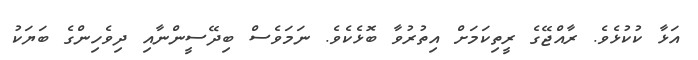
އަޅާ ކުކުޅެވެ. ރާއްޖޭގެ ރީތިކަމަށް އިތުރުވާ ބޮޅެކެވެ. ނަމަވެސް ބިދޭސީންނާއި ދިވެހިންގެ ބަޔަކު